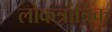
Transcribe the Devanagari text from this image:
लोकत्रांत्रिक